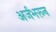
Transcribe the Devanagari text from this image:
अर्जभरून